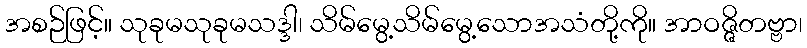
အစဉ်ဖြင့်။ သုခုမသုခုမသဒ္ဒါ၊ သိမ်မွေ့သိမ်မွေ့သောအသံတို့ကို။ အာဝဇ္ဇိတဗ္ဗာ၊